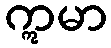
ဣမာ